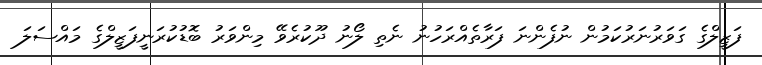
ފަޒީލްގެ ގަވަރުނަރުކަމުން ނުފެންނަ ފަރާތެއްރަހުނު ނެތި ލޯނު ދޫކުރެވޭ މިންވަރު ބޮޑުކުރަނީފަޒީލްގެ މައްސަލަ